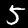
Label: 5